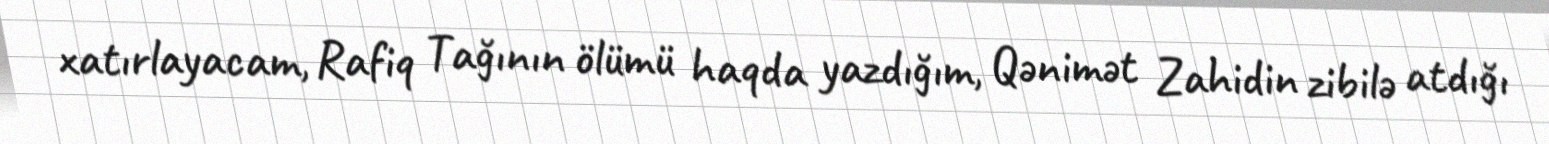
xatırlayacam, Rafiq Tağının ölümü haqda yazdığım, Qənimət Zahidin zibilə atdığı